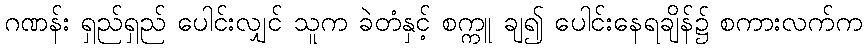
ဂဏန်း ရှည်ရှည် ပေါင်းလျှင် သူက ခဲတံနှင့် စက္ကူ ချ၍ ပေါင်းနေရချိန်၌ စကားလက်က